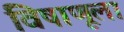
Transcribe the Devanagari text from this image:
विषाणूला